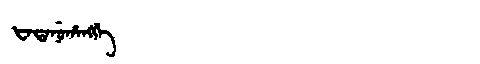
Manchu: ᡶᠠᡨᠠᠨᡠᡥᠠᠩᡤᡝ
Romanization: FATANUHANGGE